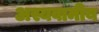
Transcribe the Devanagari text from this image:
अस्यवामीय